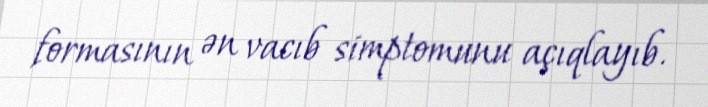
formasının ən vacıb simptomunu açıqlayıb.